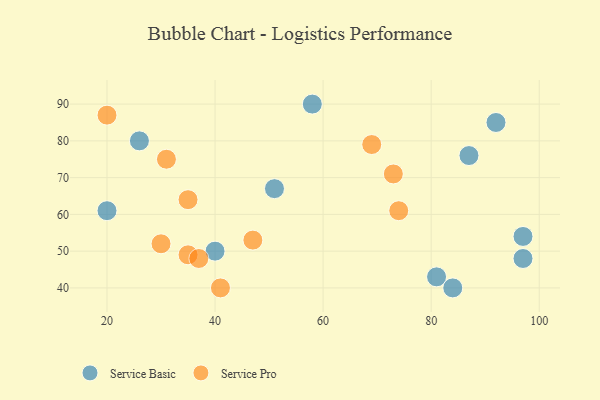
{"axis": {"x": "GDP", "y": "Life Expectancy"}, "legend": ["Service Basic", "Service Pro"], "data": [{"x": "92", "y": 85, "type": "Service Basic"}, {"x": "97", "y": 54, "type": "Service Basic"}, {"x": "40", "y": 50, "type": "Service Basic"}, {"x": "26", "y": 80, "type": "Service Basic"}, {"x": "97", "y": 48, "type": "Service Basic"}, {"x": "87", "y": 76, "type": "Service Basic"}, {"x": "51", "y": 67, "type": "Service Basic"}, {"x": "81", "y": 43, "type": "Service Basic"}, {"x": "58", "y": 90, "type": "Service Basic"}, {"x": "20", "y": 61, "type": "Service Basic"}, {"x": "84", "y": 40, "type": "Service Basic"}, {"x": "74", "y": 61, "type": "Service Pro"}, {"x": "30", "y": 52, "type": "Service Pro"}, {"x": "47", "y": 53, "type": "Service Pro"}, {"x": "35", "y": 49, "type": "Service Pro"}, {"x": "37", "y": 48, "type": "Service Pro"}, {"x": "20", "y": 87, "type": "Service Pro"}, {"x": "31", "y": 75, "type": "Service Pro"}, {"x": "35", "y": 64, "type": "Service Pro"}, {"x": "41", "y": 40, "type": "Service Pro"}, {"x": "73", "y": 71, "type": "Service Pro"}, {"x": "69", "y": 79, "type": "Service Pro"}]}